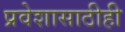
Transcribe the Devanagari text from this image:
प्रवेशासाठीही